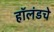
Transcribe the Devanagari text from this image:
हॉलंडचे